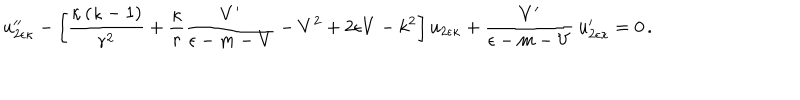
u _ { 2 \epsilon \kappa } ^ { \prime \prime } - \left[ \frac { \kappa \left( \kappa - 1 \right) } { r ^ { 2 } } + \frac { \kappa } { r } \frac { V ^ { \prime } } { \epsilon - m - V } - V ^ { 2 } + 2 \epsilon V - k ^ { 2 } \right] u _ { 2 \epsilon \kappa } + \frac { V ^ { \prime } } { \epsilon - m - V } \, u _ { 2 \epsilon \kappa } ^ { \prime } = 0 \, .